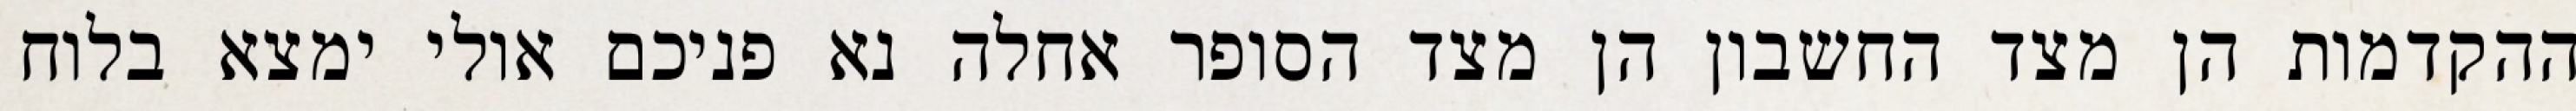
ההקדמות הן מצד החשבון הן מצד הסופר אחלה נא פניכם אולי ימצא בלוח